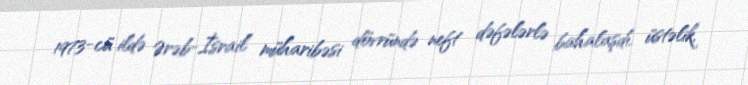
1973-cü ildə Ərəb-İsrail müharibəsi dövründə neft dəfələrlə bahalaşdı, üstəlik,